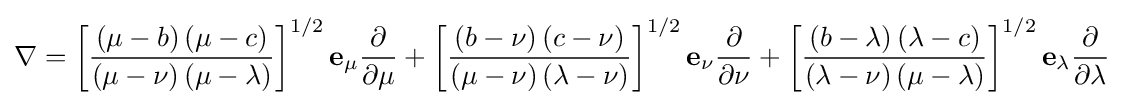
\nabla =\left[{\frac {\left(\mu -b\right)\left(\mu -c\right)}{\left(\mu -\nu \right)\left(\mu -\lambda \right)}}\right]^{1/2}\mathbf {e} _{\mu }{\frac {\partial }{\partial \mu }}+\left[{\frac {\left(b-\nu \right)\left(c-\nu \right)}{\left(\mu -\nu \right)\left(\lambda -\nu \right)}}\right]^{1/2}\mathbf {e} _{\nu }{\frac {\partial }{\partial \nu }}+\left[{\frac {\left(b-\lambda \right)\left(\lambda -c\right)}{\left(\lambda -\nu \right)\left(\mu -\lambda \right)}}\right]^{1/2}\mathbf {e} _{\lambda }{\frac {\partial }{\partial \lambda }}